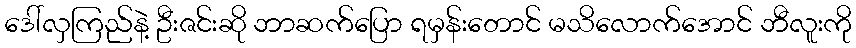
ဒေါ်လှကြည်နဲ့ ဦးဇင်းဆို ဘာဆက်ပြော ရမှန်းတောင် မသိလောက်အောင် ဘီလူးကို